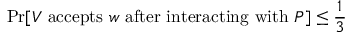
\operatorname* { P r } [ V { \mathrm { ~ a c c e p t s ~ } } w { \mathrm { ~ a f t e r ~ i n t e r a c t i n g ~ w i t h ~ } } P ] \leq { \frac { 1 } { 3 } }